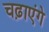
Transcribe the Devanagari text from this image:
चढ़ाएंगे